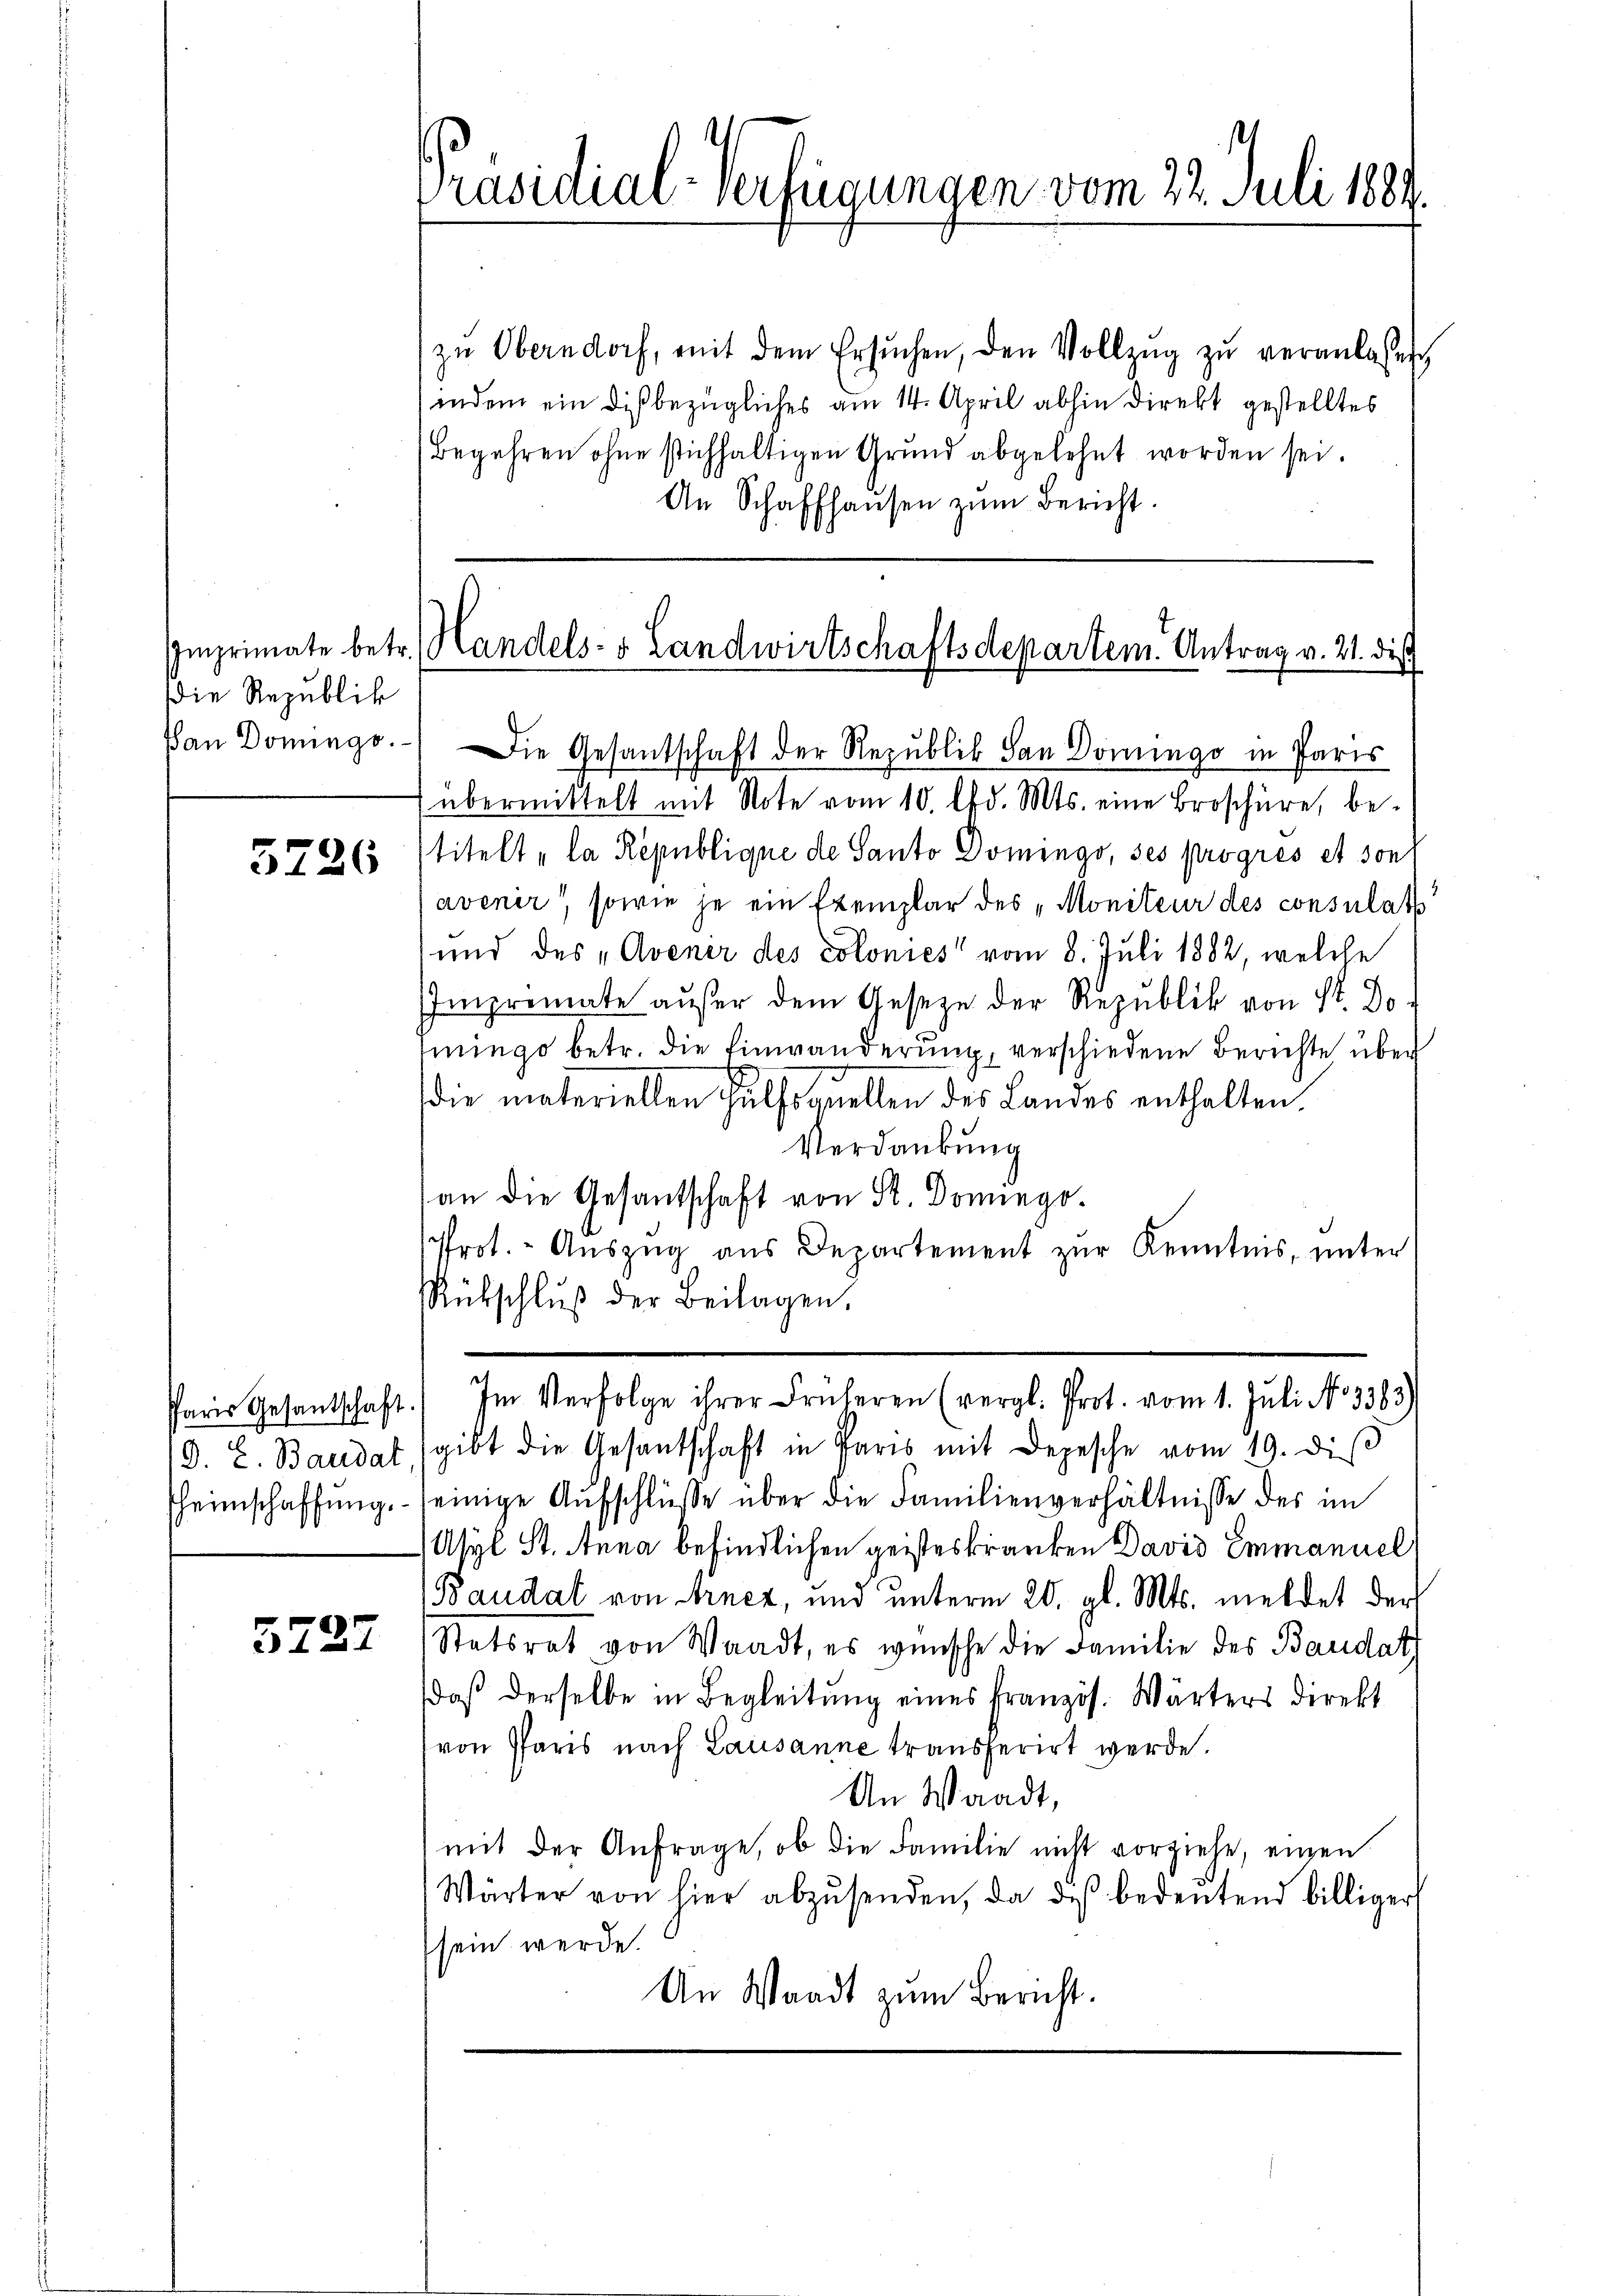
die Republik

5226

heimschaffung.

5727

zŭ Oberndorf, mit dem Ersŭchen, den Vollzŭg zŭ veranlassen,
indem ein diß bezügliches am 14. April abhin direkt gestelltes
Begehren ohne stichhaltigen Grund abgelehnt worden sei.
An Schaffhaŭsen zŭm Bericht.

Präsidial-Verfügungen vom 22. Juli 1884.

an Domingo.) Die Gesantschaft der Republik San Domingo in Paris
übermittelt mit Note vom 10. d. Mts. eine Broschüre, betitelt „la République de Santo Domingo, ses progrés et son
avenir, sowie je ein Exemplar des „Moniteur des consulat
und des „Avenir des colonies“ vom 8. Juli 1882, welche
Imprimate aŭβer dem Gesetze der Republik von St. Do
mingo betr. die Einwanderung, verschiedene Berichte über
die materiellen Hülfsquellen des Landes enthalten.
Verdankung
an die Gesantschaft von Sr. Domingo-
Prot. - Auszug aus Departement zur Kenntnis, unter
Rübschlŭβ der Beilagen.

Imprimate betr. Handels- & Landwirtschaftsdepartem Antrag v. 21. dies

(d. h. Baudat gibt die Gesandschaft in Paris mit Depesche vom 19. diβ

einige Aŭfschlüße über die Familienverhältnisse des im
Asyl St. Anna befindlichen geisteskranken David Emmanuel
Baudat von Arnez, und unterm 20. gl. Mts. meldet der
Statsrat von Waadt, es wünsche die Familie des Baudat
daß derselbe in Begleitung eines französ. Wärters direkt
von Paris nach Lausanne transferirt werde.
An Waadt,
mit der Anfrage, ob die Familie nicht vorziehe, einen
Wärter von hier abzŭsenden, da dis bedeŭtend billiger
sein werde.
An Waadt zum Bericht.

Paris Gesantschaft) Im Verfolge ihrer Früheren (vergl. Prot. vom 1. Juli No 3383)